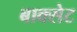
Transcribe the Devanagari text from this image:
बाक्सेट